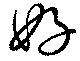
好